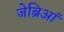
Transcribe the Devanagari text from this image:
जेब्रिआं